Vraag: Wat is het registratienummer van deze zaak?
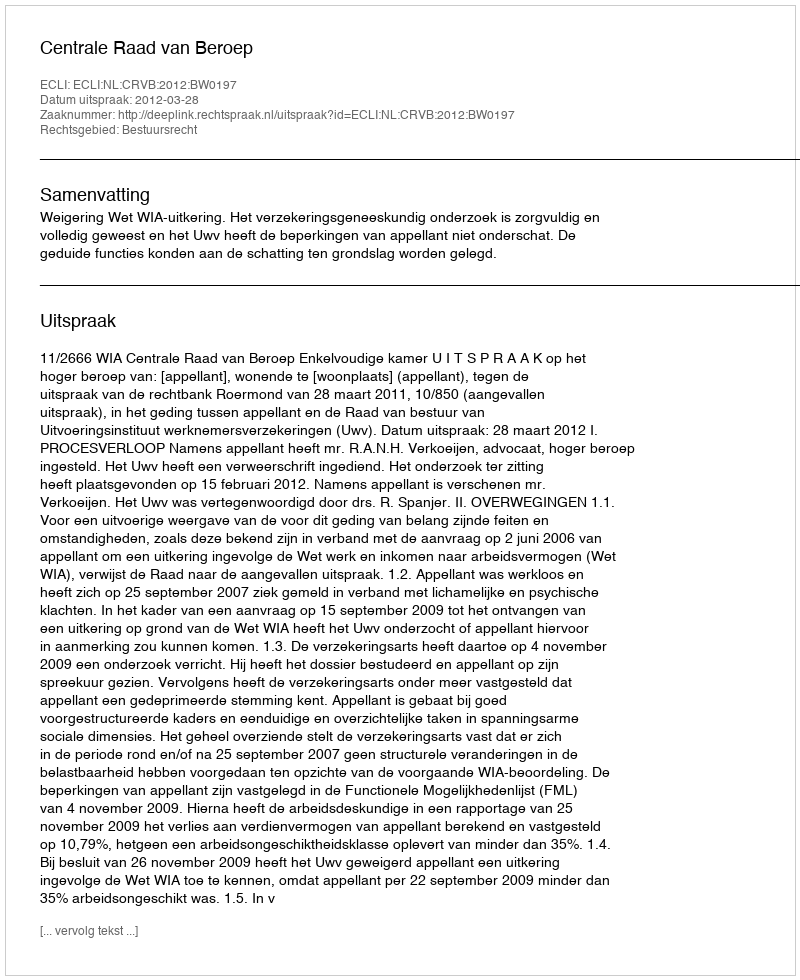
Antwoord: http://deeplink.rechtspraak.nl/uitspraak?id=ECLI:NL:CRVB:2012:BW0197